Annual administration report of the Civil Veterinary Department of India - 1900-1901
Year: 1900
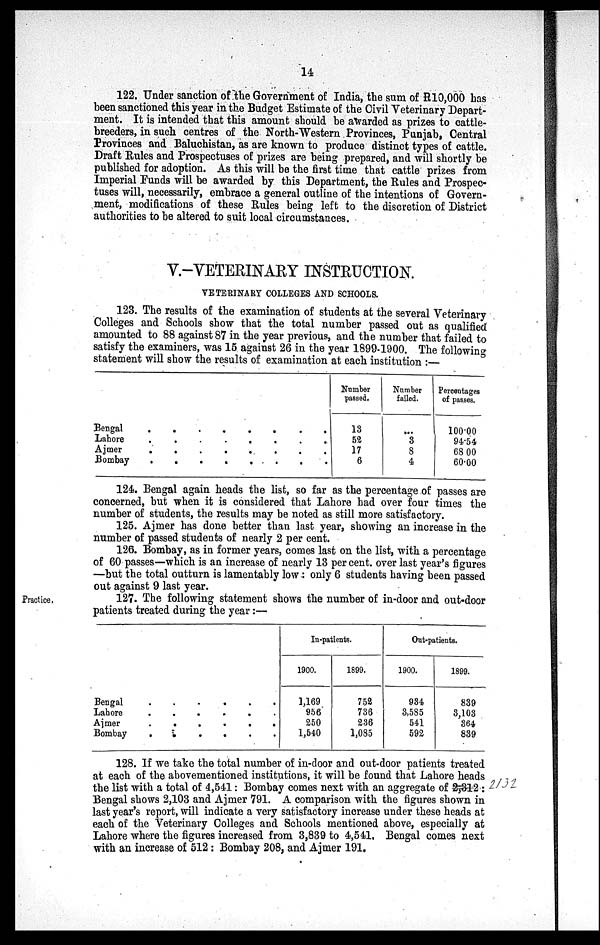
14
122. Under sanction of the Government of India, the sum of R10,000 has
been sanctioned this year in the Budget Estimate of the Civil Veterinary Depart-
ment. It is intended that this amount should be awarded as prizes to cattle-
breeders, in such centres of the North-Western Provinces, Punjab, Central
Provinces and Baluchistan, as are known to produce distinct types of cattle.
Draft Rules and Prospectuses of prizes are being prepared, and will shortly be
published for adoption. As this will be the first time that cattle prizes from
Imperial Funds will be awarded by this Department, the Rules and Prospec-
tuses will, necessarily, embrace a general outline of the intentions of Govern-
ment, modifications of these Rules being left to the discretion of District
authorities to be altered to suit local circumstances.
V.-VETERINARY INSTRUCTION.
VETERINARY COLLEGES AND SCHOOLS.
123. The results of the examination of students at the several Veterinary
Colleges and Schools show that the total number passed out as qualified
amounted to 88 against 87 in the year previous, and the number that failed to
satisfy the examiners, was 15 against 26 in the year 1899-1900. The following
statement will show the results of examination at each institution:—
Bengal
.
.
.
.
.
.
.
Lahore
.
.
.
.
.
.
.
.
Ajmer
.
.
.
.
.
.
Bombay . . . .
Number
passed.
13
52
17
6
Number
failed.
...
3
8
4
Percentages
of passes.
100.00
94.54
68.00
60.00
124. Bengal again heads the list, so far as the percentage of passes are
concerned, but when it is considered that Lahore had over four times the
number of students, the results may be noted as still more satisfactory.
125. Ajmer has done better than last year, showing an increase in the
number of passed students of nearly 2 per cent.
126. Bombay, as in former years, comes last on the list, with a percentage
of 60 passes—which is an increase of nearly 13 per cent. over last year's figures
—but the total outturn is lamentably low: only 6 students having been passed
out against 9 last year.
Practice.
127. The following statement shows the number of in-door and out-door
patients treated during the year:—
Bengal
.
.
.
.
.
.
Lahore
.
.
.
.
.
.
Ajmer
.
.
.
.
.
.
Bombay
.
.
.
.
.
.
In-patients.
1900.
1,169
956
250
1,540
1899.
752
736
236
1,085
Out-patients.
1900.
934
3,585
541
592
1899.
839
3,103
364
839
128. If we take the total number of in-door and out-door patients treated
at each of the abovementioned institutions, it will be found that Lahore heads
the list with a total of 4,541: Bombay comes next with an aggregate of 2,312:
Bengal shows 2,103 and Ajmer 791. A comparison with the figures shown in
last year's report, will indicate a very satisfactory increase under these heads at
each of the Veterinary Colleges and Schools mentioned above, especially at
Lahore where the figures increased from 3,839 to 4,541. Bengal comes next
with an increase of 512: Bombay 208, and Ajmer 191.